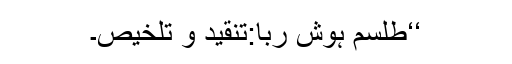
‘‘طلسم ِہوش رُبا:تنقید و تلخیص۔